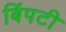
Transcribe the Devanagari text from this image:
बिंपटी